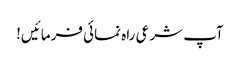
آپ شرعی راہ نمائی فرمائیں!